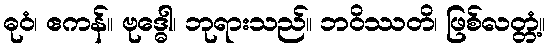
ဓုဝံ၊ ဧကန်။ ဗုဒ္ဓေါ၊ ဘုရားသည်။ ဘဝိဿတိ၊ ဖြစ်လတ္တံ့။